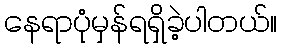
နေရာပုံမှန်ရရှိခဲ့ပါတယ်။